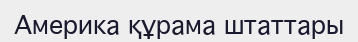
Америка құрама штаттары